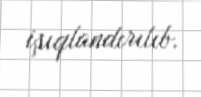
işıqlandırılıb.